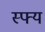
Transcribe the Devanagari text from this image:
स्फ्य